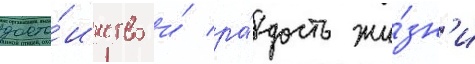
досто́инство и́ ра́дость жи́зн'и